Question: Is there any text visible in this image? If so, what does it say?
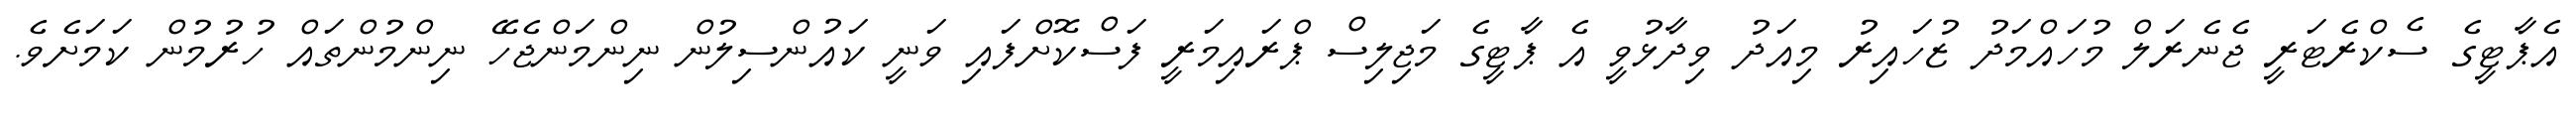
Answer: އެޕާޓީގެ ސެކްރެޓަރީ ޖެނެރަލް މުހައްމަދު ޒުހައިރު މިއަދު ވިދާޅުވީ އެ ޕާޓީގެ މަޖިލިސް ޕްރައިމަރީ ފަސްކޮށްފައި ވަނީ ކައުންސިލުން ނިންމަންޖެހޭ ނިންމުންތައް ހުރުމުން ކަމަށެވެ.